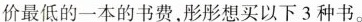
价最低的一本的书费，彤彤想买以下3种书。